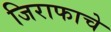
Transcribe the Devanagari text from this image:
जिराफाचे